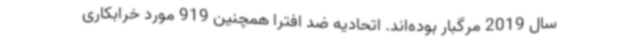
سال 2019 مرگبار بوده‌اند. اتحادیه ضد افترا همچنین 919 مورد خرابکاری